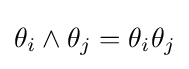
\theta _{i}\wedge \theta _{j}=\theta _{i}\theta _{j}